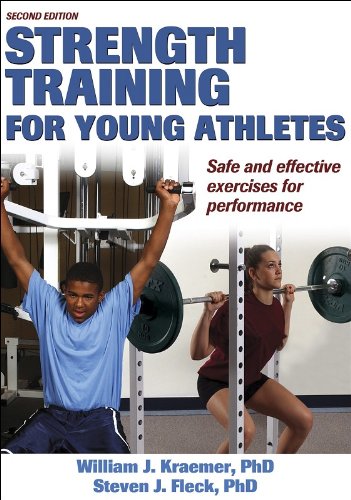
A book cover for Strength Training for Young Athletes - 2E; William J. Kraemer; Health, Fitness & Dieting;